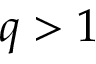
q > 1